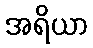
အရိယာ